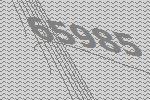
65985